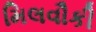
મિલવૌકી